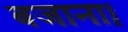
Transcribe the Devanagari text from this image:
बजाना।